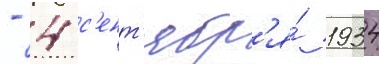
- 4 с'ент'ябр'я́ 1934